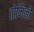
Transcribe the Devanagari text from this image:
तोमिनी